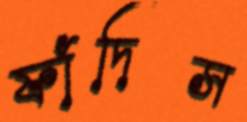
ফাঁদিস